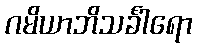
ဂမိယာဘိသင်္ခါရော